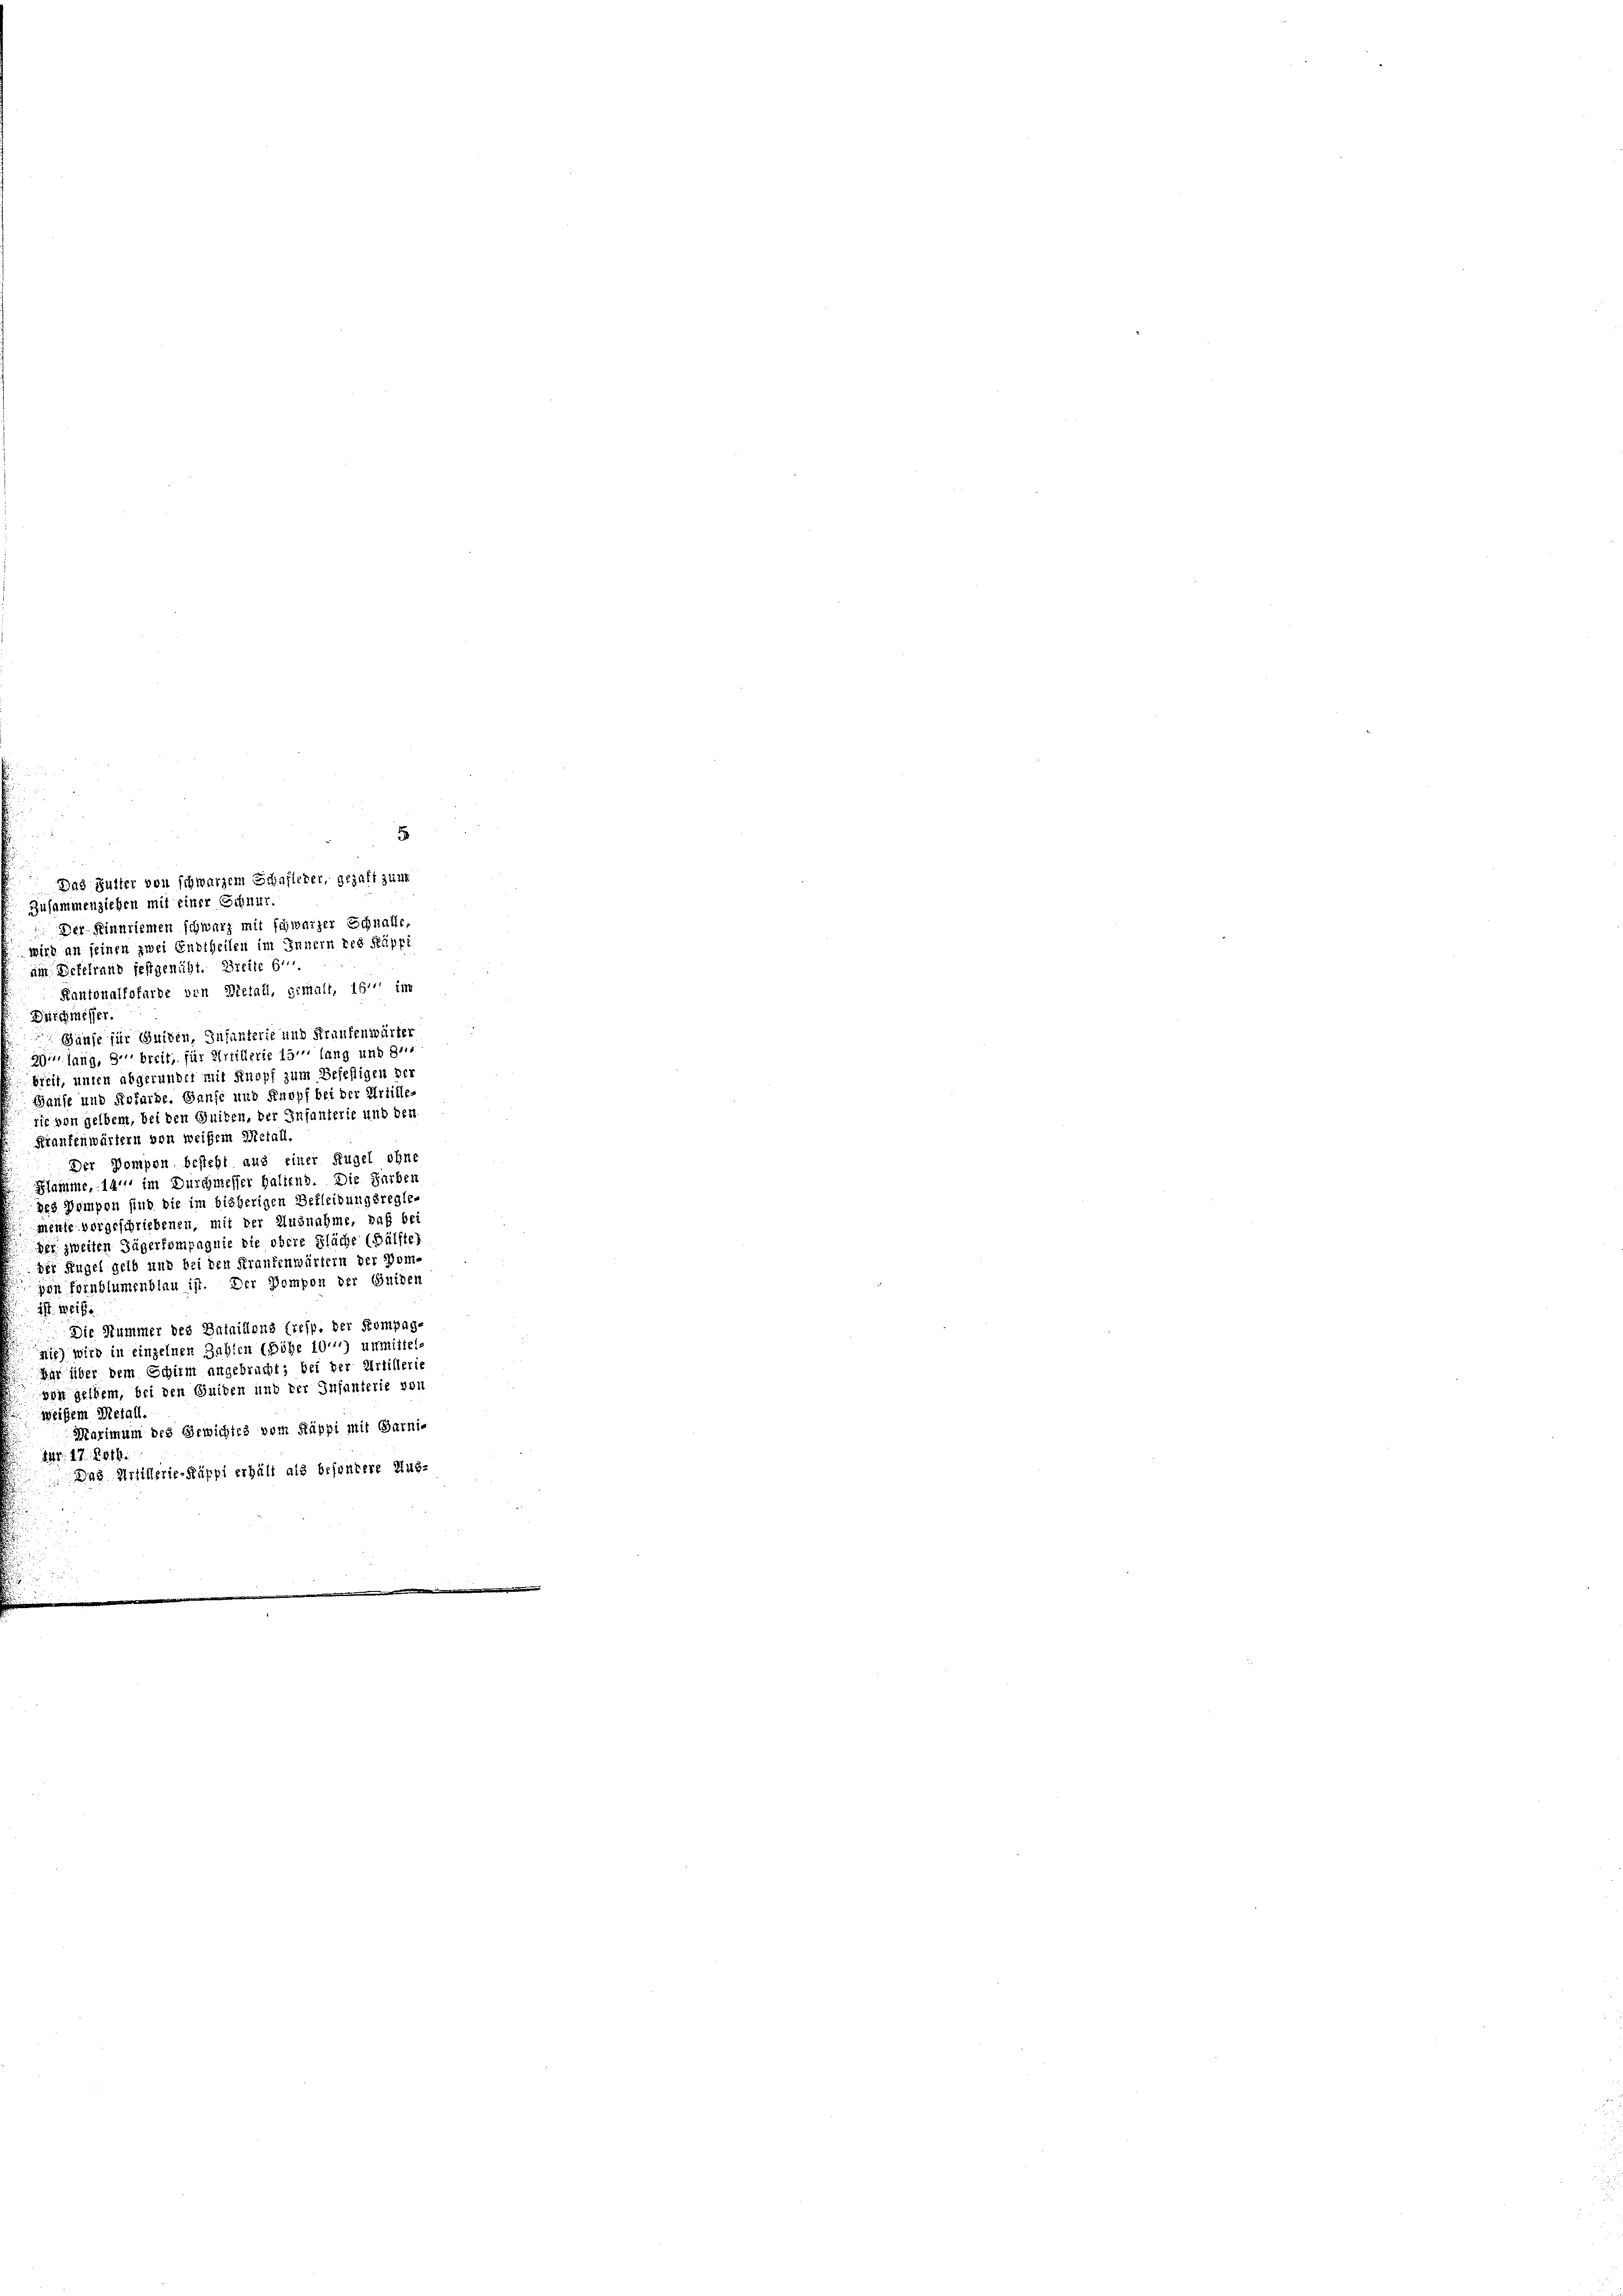
5
Zusammenziehen mit einer Schnur.
Der Kinnriemen schwarz mit schwarzer Schnalle,
wird an seinen zwei Endtheilen im Innern des Rupri
am Befehrand festgenäht. Breite E
Kantonalfofarde von Dictall, gemalt, 151 im
Durchmesser.
Gänse für Guiden, Infanterie und Fraufenwärter
Wir lang, 3''' breit, für Artillerie 15 lang und 8.
breit, unten abgerundet mit Knopf zum Befestigen der
Hause und Rofurde. Ganse und Knopf bei der Artille-
rie von gelbent, bei den Seiten, der Infanterie und den
Kraufenwärtern von weißem Metall.
Der Kompen besteht aus einer Kugel ohne
Klamme, 14 im Durchmesser haltend. Die Farbe
zed Pompen sind die im bisherigen Bekleidungsregle-
meute vorgeschriebenen, mit der Ausnahme, daß bei
des zweiten Jägerkompagnie die obere Fläche (Hälfte
der Hügel gelb und bei den Krankenwärtern der Dom-
gen Fornblumenblau ist. Der Kompon der Guiben
ist. Weise
Die Nummer des Bataillons (resp. der Kompag
nie) wird in einzelnen Zahlen (Böhe 10 *) unmittels
ar über dem Schirm angebracht; bei der Artillerie
vin geltem, bei den Guiden und der Infanterie von
weißem Metall.
Maximum des Gewichtes vom Säppi mit Garnis
1fr. 17. 2016
Das Artillerie-Rüppi erhält als besondere Aus¬

Das Futter von schwarzem Schafteter, gehaft zune